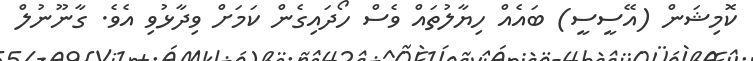
ކޮމިޝަން (އޭސީސީ) ބައެއް ހިޔާލުތައް ވެސް ހޯދައިގެން ކަމަށް ވިދާޅުވި އެވެ. ގާނޫނުލް